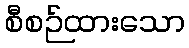
စီစဉ်ထားသော